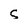
Character: S